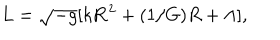
LaTeX: L = \sqrt { - g } [ k { \bf R } ^ { 2 } + ( 1 / G ) R + \Lambda ] ,